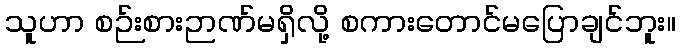
သူဟာ စဉ်းစားဉာဏ်မရှိလို့ စကားတောင်မပြောချင်ဘူး။